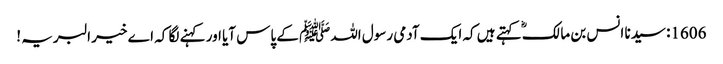
1606: سیدنا انس بن مالکؓ کہتے ہیں کہ ایک آدمی رسول اللہﷺ کے پاس آیا اور کہنے لگا کہ اے خیر البریہ !